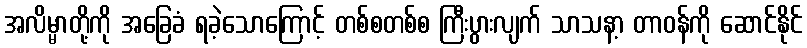
အလိမ္မာတို့ကို အခြေခံ ရခဲ့သောကြောင့် တစ်စတစ်စ ကြီးပွားလျက် သာသနာ့ တာဝန်ကို ဆောင်နိုင်